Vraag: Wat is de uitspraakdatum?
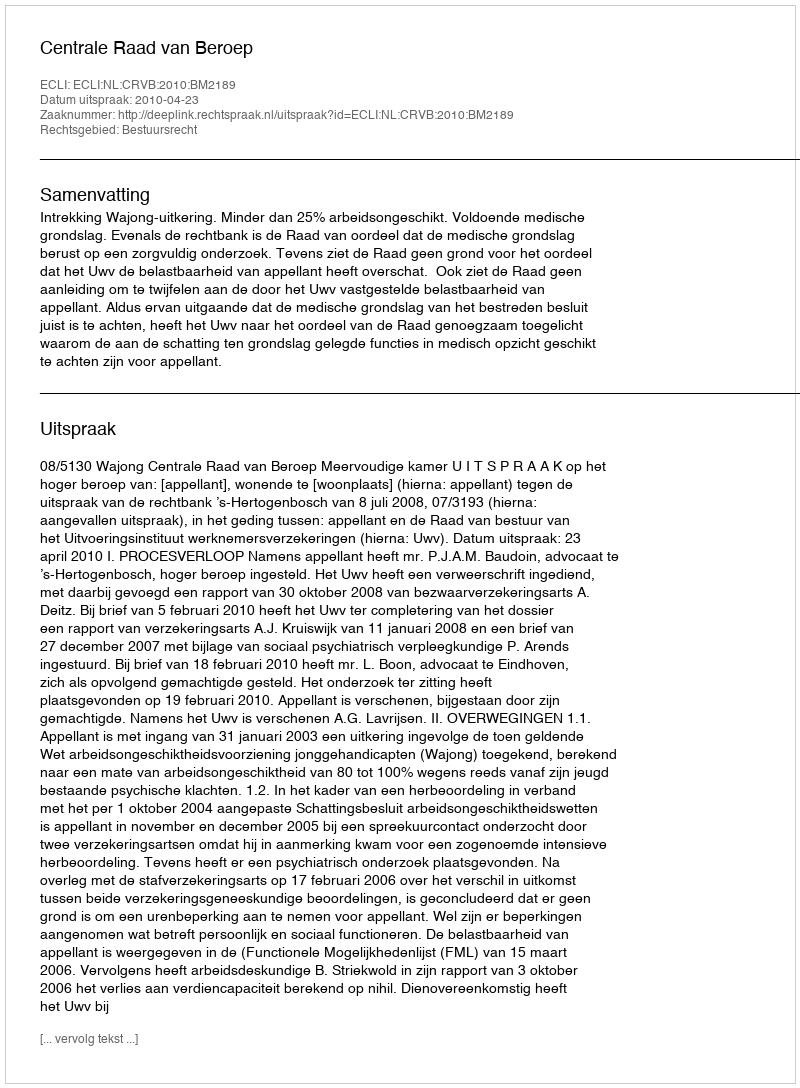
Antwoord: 2010-04-23